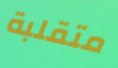
متقلبة